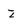
Character: z